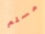
مسلم